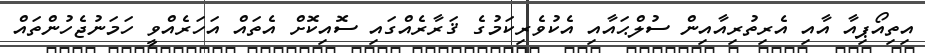
އިތިއޯޕިއާ އާއި އެރިތުރިއާއިން ސުލްޙައާއި އެކުވެރިކަމުގެ ޤަރާރެއްގައި ސޮއިކޮށް އެތައް އަހަރެއްވީ ހަމަނުޖެހުންތައް